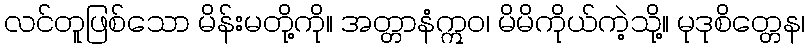
လင်တူဖြစ်သော မိန်းမတို့ကို။ အတ္တာနံဣဝ၊ မိမိကိုယ်ကဲ့သို့။ မုဒုစိတ္တေန၊